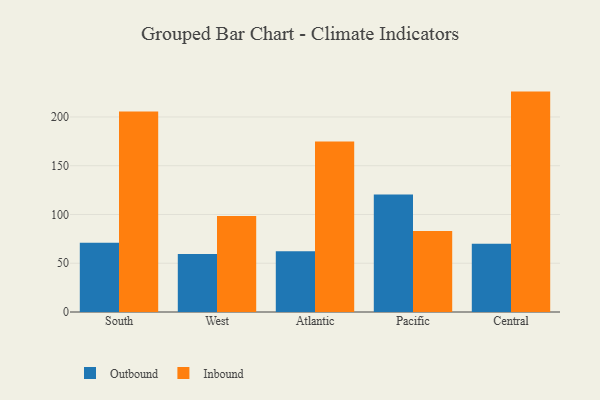
{"axis": {"x": "Region", "y": "Page Views"}, "legend": ["Inbound", "Outbound"], "data": [{"x": "South", "y": 71.0, "type": "Outbound"}, {"x": "South", "y": 205.6, "type": "Inbound"}, {"x": "West", "y": 59.6, "type": "Outbound"}, {"x": "West", "y": 98.4, "type": "Inbound"}, {"x": "Atlantic", "y": 62.3, "type": "Outbound"}, {"x": "Atlantic", "y": 174.9, "type": "Inbound"}, {"x": "Pacific", "y": 120.5, "type": "Outbound"}, {"x": "Pacific", "y": 83.0, "type": "Inbound"}, {"x": "Central", "y": 69.9, "type": "Outbound"}, {"x": "Central", "y": 226.0, "type": "Inbound"}]}